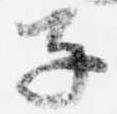
子